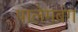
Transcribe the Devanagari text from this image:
पालेमबंग